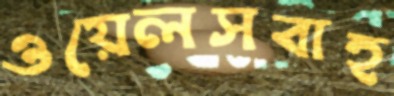
ওয়েলসবাহ